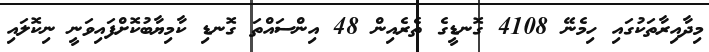
މިދާއިރާތަކުގައި ހިމެނޭ 4108 ގޮނޑީގެ ތެރެއިން 48 އިންސައްތަ ގޮނޑި ކާމިޔާބުކޮށްފައިވަނީ ނިކޮލައި